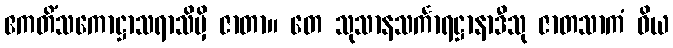
ဧကတိံသကောဋ္ဌာသရာသိမှိ ဇာတာ။ တေ သုသာနသင်္ကာရဋ္ဌာနာဒီသု ဇာတသာကံ ဝိယ